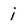
Character: i